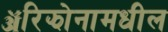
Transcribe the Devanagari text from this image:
ॲरिझोनामधील